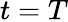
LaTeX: t=T